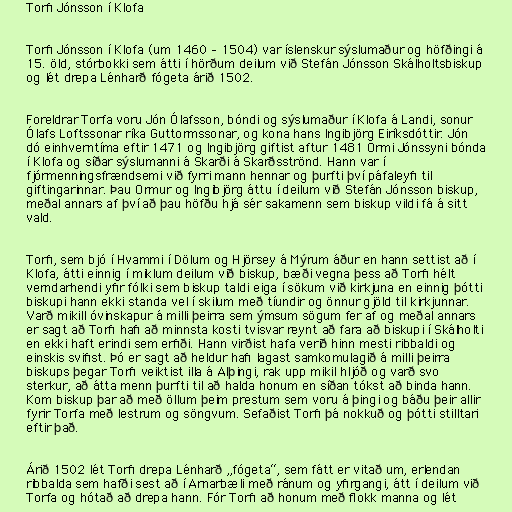
Torfi Jónsson í Klofa

Torfi Jónsson í Klofa (um 1460 – 1504) var íslenskur sýslumaður og höfðingi á
15. öld, stórbokki sem átti í hörðum deilum við Stefán Jónsson Skálholtsbiskup
og lét drepa Lénharð fógeta árið 1502.

Foreldrar Torfa voru Jón Ólafsson, bóndi og sýslumaður í Klofa á Landi, sonur
Ólafs Loftssonar ríka Guttormssonar, og kona hans Ingibjörg Eiríksdóttir. Jón
dó einhverntíma eftir 1471 og Ingibjörg giftist aftur 1481 Ormi Jónssyni bónda
í Klofa og síðar sýslumanni á Skarði á Skarðsströnd. Hann var í
fjórmenningsfrændsemi við fyrri mann hennar og þurfti því páfaleyfi til
giftingarinnar. Þau Ormur og Ingibjörg áttu í deilum við Stefán Jónsson biskup,
meðal annars af því að þau höfðu hjá sér sakamenn sem biskup vildi fá á sitt
vald.

Torfi, sem bjó í Hvammi í Dölum og Hjörsey á Mýrum áður en hann settist að í
Klofa, átti einnig í miklum deilum við biskup, bæði vegna þess að Torfi hélt
verndarhendi yfir fólki sem biskup taldi eiga í sökum við kirkjuna en einnig þótti
biskupi hann ekki standa vel í skilum með tíundir og önnur gjöld til kirkjunnar.
Varð mikill óvinskapur á milli þeirra sem ýmsum sögum fer af og meðal annars
er sagt að Torfi hafi að minnsta kosti tvisvar reynt að fara að biskupi í Skálholti
en ekki haft erindi sem erfiði. Hann virðist hafa verið hinn mesti ribbaldi og
einskis svifist. Þó er sagt að heldur hafi lagast samkomulagið á milli þeirra
biskups þegar Torfi veiktist illa á Alþingi, rak upp mikil hljóð og varð svo
sterkur, að átta menn þurfti til að halda honum en síðan tókst að binda hann.
Kom biskup þar að með öllum þeim prestum sem voru á þingi og báðu þeir allir
fyrir Torfa með lestrum og söngvum. Sefaðist Torfi þá nokkuð og þótti stilltari
eftir það.

Árið 1502 lét Torfi drepa Lénharð „fógeta“, sem fátt er vitað um, erlendan
ribbalda sem hafði sest að í Arnarbæli með ránum og yfirgangi, átt í deilum við
Torfa og hótað að drepa hann. Fór Torfi að honum með flokk manna og lét